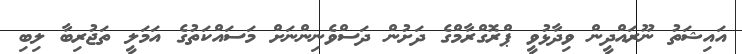
އައިޝަތު ނޫރައްދީން ވިދާޅުވީ ޕްރޮގްރާމްގެ ދަށުން ދަސްވެނިންނަށް މަސައްކަތުގެ އަމަލީ ތަޖުރިބާ ލިބި